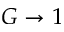
G \rightarrow 1